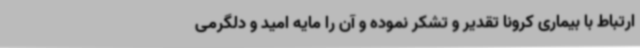
ارتباط با بیماری کرونا تقدیر و تشکر نموده و آن را مایه امید و دلگرمی